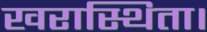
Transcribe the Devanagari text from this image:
खरास्थिता।